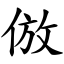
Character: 倣